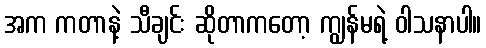
အက ကတာနဲ့ သီချင်း ဆိုတာကတော့ ကျွန်မရဲ့ ဝါသနာပါ။